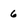
Character: 6